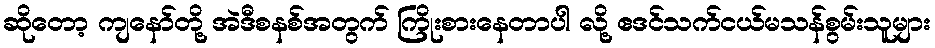
ဆိုတော့ ကျနော်တို့ အဲဒီစနစ်အတွက် ကြိုးစားနေတာပါ လို့ ဧဒင်သက်ငယ်မသန်စွမ်းသူများ